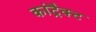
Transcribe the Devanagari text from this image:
कांट्रैक्ट